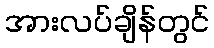
အားလပ်ချိန်တွင်